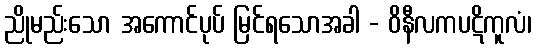
ညိုမည်းသော အကောင်ပုပ် မြင်ရသောအခါ - ဝိနီလကပဋိကူလံ၊